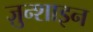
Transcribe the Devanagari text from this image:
ज़ुन्शाइन